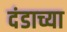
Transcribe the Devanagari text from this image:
दंडाच्या